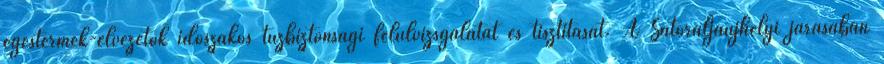
égéstermék-elvezetők időszakos tűzbiztonsági felülvizsgálatát és tisztítását. A Sátoraljaújhelyi járásában